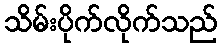
သိမ်းပိုက်လိုက်သည်